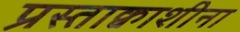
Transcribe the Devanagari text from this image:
प्रस्ताक्वाशीना